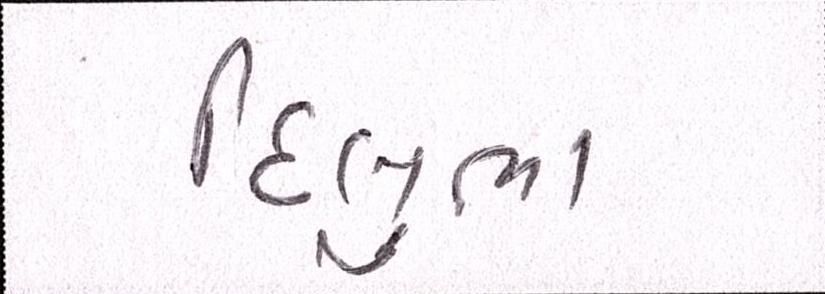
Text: દિલુભા